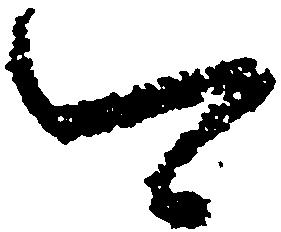
可